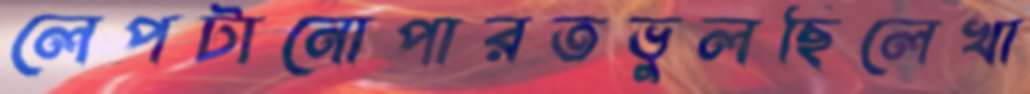
লেপটানোপারতভুলছিলেখা